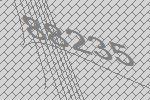
88235